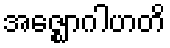
အဇ္ဈောဂါဟတိ